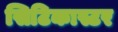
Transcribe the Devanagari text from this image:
सिटिकास्टर